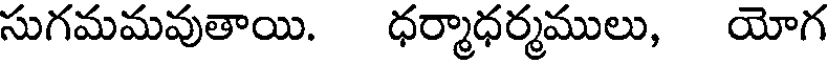
సుగమమవుతాయి. ధర్మాధర్మములు, యోగ